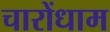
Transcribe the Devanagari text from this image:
चारोंधाम